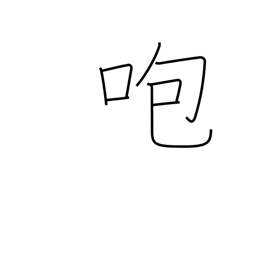
Meaning: get angry